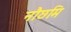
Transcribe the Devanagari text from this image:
नौछमि